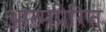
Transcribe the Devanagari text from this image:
आत्मप्रेरित